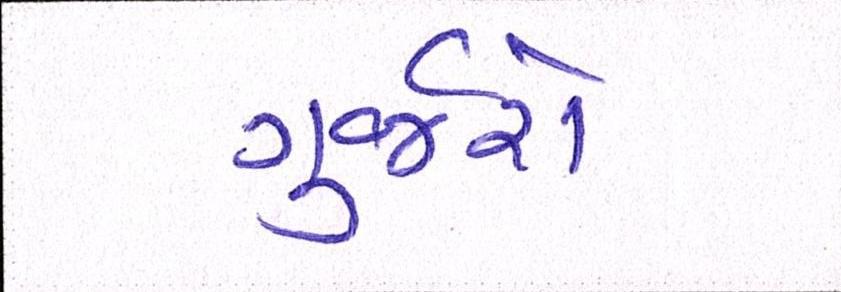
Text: ગુર્જરો